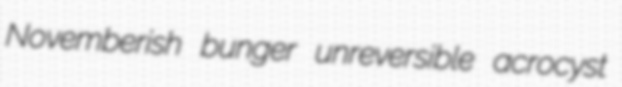
Novemberish bunger unreversible acrocyst